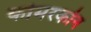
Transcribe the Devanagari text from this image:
कोमरकोन